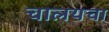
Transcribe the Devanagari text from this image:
चालयचा